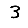
Digit: 3